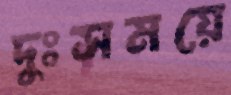
দুঃসময়ে